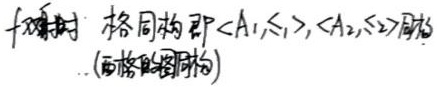
对偶时 格同构即 $\langle A_1,\preceq_1\rangle,\langle A_2,\preceq_2\rangle$ 同构。(两格同构)